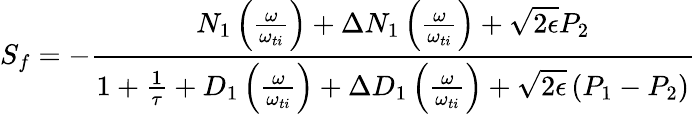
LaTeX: {S_{f}}=-\frac{N_{1}\left(\frac{\omega}{\omega_{ti}}\right)+\Delta N_{1}\left(\frac{\omega}{\omega_{ti}}\right)+\sqrt{2\epsilon}P_{2}}{1+\frac{1}{\tau}+D_{1}\left(\frac{\omega}{\omega_{ti}}\right)+\Delta D_{1}\left(\frac{\omega}{\omega_{ti}}\right)+\sqrt{2\epsilon}\left(P_{1}-P_{2}\right)}